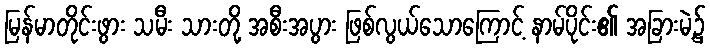
မြန်မာတိုင်းဖွား သမီး သားတို့ အစီးအပွား ဖြစ်လွယ်သောကြောင့် နာမ်ပိုင်း၏ အခြားမဲ့၌